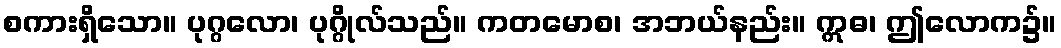
စကားရှိသော။ ပုဂ္ဂလော၊ ပုဂ္ဂိုလ်သည်။ ကတမောစ၊ အဘယ်နည်း။ ဣဓ၊ ဤလောက၌။